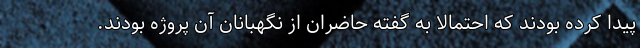
پیدا کرده بودند که احتمالا به گفته حاضران از نگهبانان آن پروژه بودند.